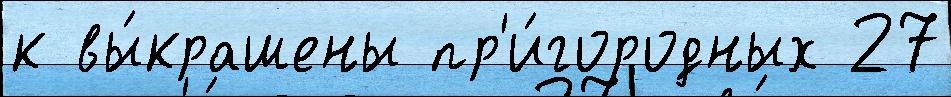
к вы́крашены пр'и́городных 27